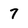
Character: 7